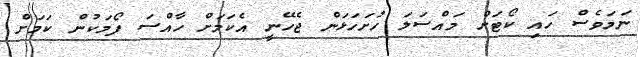
ނަމަވެސް ހައި ކޯޓަށް މައްސަލަ ހުށަހަޅަން ޖެހޭނީ އެކަމަށް ހާއްސަ ފޯމަކުން ކަމަށް